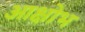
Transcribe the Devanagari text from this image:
आक्षोभ